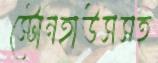
স্টোনহাউসসহ